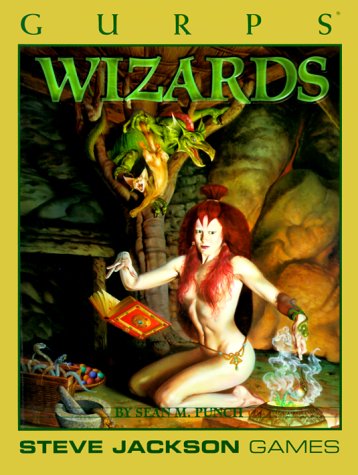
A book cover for GURPS Wizards *OSI (GURPS: Generic Universal Role Playing System); Sean Punch; Science Fiction & Fantasy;